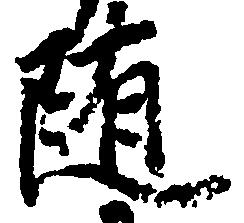
随